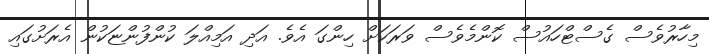
މިހާރުވެސް ގެސްޓްހައުސް ކޮންމެވެސް ވަރަކަށް ހިންގަ އެވެ. އަދި އަމިއްލަ ކުންފުންޏަކުން އެރަށުގައި